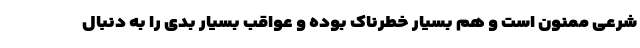
شرعی ممنون است و هم بسیار خطرناک بوده و عواقب بسیار بدی را به دنبال